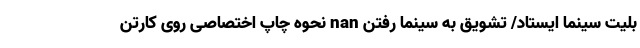
بلیت سینما ایستاد/ تشویق به سینما رفتن nan نحوه چاپ اختصاصی روی کارتن